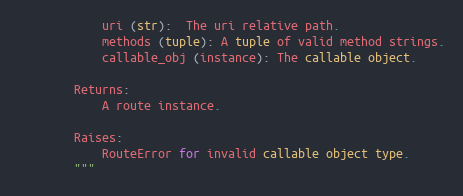
Language: Python
            uri (str):  The uri relative path.
            methods (tuple): A tuple of valid method strings.
            callable_obj (instance): The callable object.

        Returns:
            A route instance.

        Raises:
            RouteError for invalid callable object type.
        """